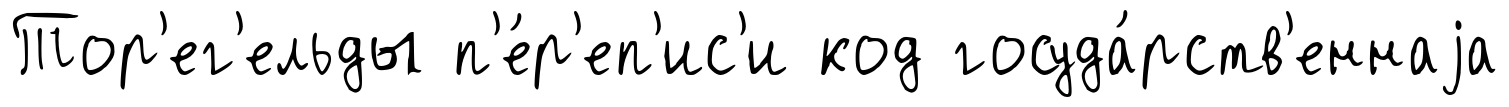
Тор'ег'ельды п'е́р'еп'ис'и код госуда́рств'еннаjа